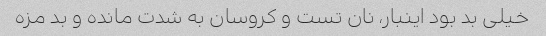
خیلی بد بود اینبار، نان تست و کروسان به شدت مانده و بد مزه